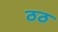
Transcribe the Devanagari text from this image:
ठठ